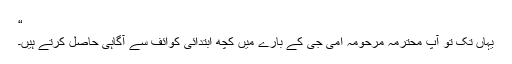
“
یہاں تک تو آپ محترمہ مرحومہ امی جی کے بارے میں کچھ ابتدائی کوائف سے آگاہی حاصل کرتے ہیں۔